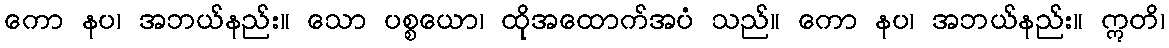
ကော နပ၊ အဘယ်နည်း။ သော ပစ္စယော၊ ထိုအထောက်အပံ သည်။ ကော နပ၊ အဘယ်နည်း။ ဣတိ၊